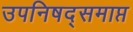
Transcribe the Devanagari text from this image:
उपनिषद्समाप्त